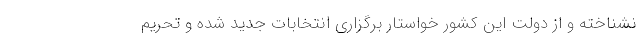
نشناخته و از دولت این کشور خواستار برگزاری انتخابات جدید شده و تحریم